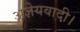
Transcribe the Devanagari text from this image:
अज्ञेयवादी।